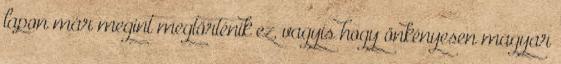
lapon már megint megtörténik ez, vagyis hogy önkényesen magyar